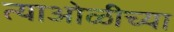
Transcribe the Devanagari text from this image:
त्याओळीच्या